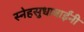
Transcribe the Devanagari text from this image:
स्नेहसुधाबाईंनी